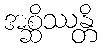
အစ္ဆိဿန္တိ